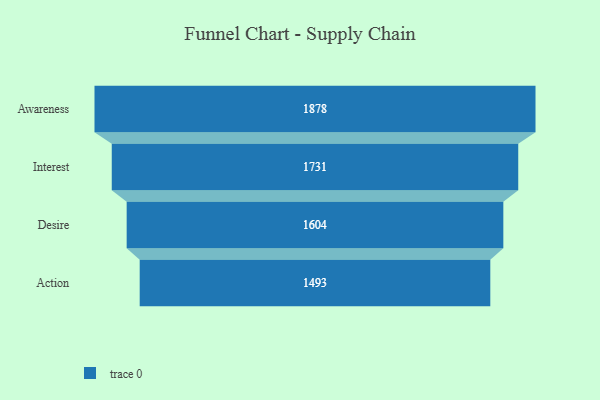
{"axis": {"x": "Stage", "y": "Value"}, "legend": [""], "data": [{"x": "Awareness", "y": 1878.0, "type": ""}, {"x": "Interest", "y": 1731.0, "type": ""}, {"x": "Desire", "y": 1604.0, "type": ""}, {"x": "Action", "y": 1493.0, "type": ""}]}